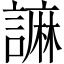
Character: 𧫼